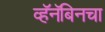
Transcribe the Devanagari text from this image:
व्हॅनॅबिनचा